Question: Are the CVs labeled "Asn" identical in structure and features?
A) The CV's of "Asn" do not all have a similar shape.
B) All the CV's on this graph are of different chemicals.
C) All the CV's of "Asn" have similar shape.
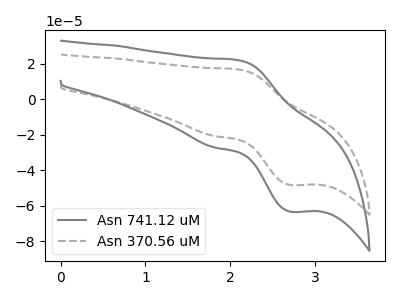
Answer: <think>The gray curve "Asn 741.12 uM" has an anodic peak at (2.10V, 22.10uA) and a cathodic peak at (2.70V, -63.45uA). The gray dashed curve "Asn 370.56 uM" has an anodic peak at (2.10V, 16.85uA) and a cathodic peak at (2.70V, -48.40uA).
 All the peaks in "Asn 741.12 uM" have a peak in "Asn 370.56 uM" at the same potential. Every peak in "Asn 741.12 uM" is higher than every peak in "Asn 370.56 uM".</think>
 <answer>C) All the CV's of "Asn" have similar shape.</answer>
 <eval>C</eval>